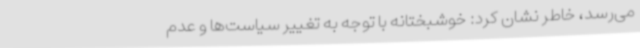
می‌رسد، خاطر نشان کرد: خوشبختانه با توجه به تغییر سیاست‌ها و عدم